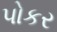
પોકર